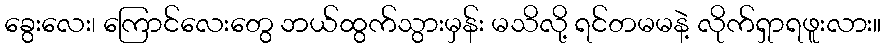
ခွေးလေး၊ ကြောင်လေးတွေ ဘယ်ထွက်သွားမှန်း မသိလို့ ရင်တမမနဲ့ လိုက်ရှာရဖူးလား။